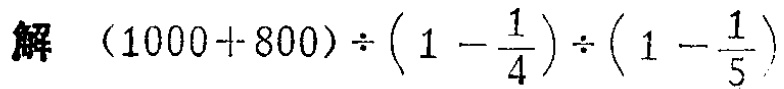
解 \((1000 + 800)\div\left(1 - \frac{1}{4}\right)\div\left(1 - \frac{1}{5}\right)\)